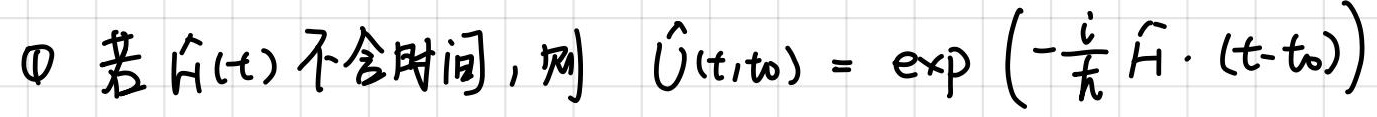
$\textcircled{1} \text{ 若 } \hat{H}(t) \text{ 不含时间，则 } \hat{U}(t,t_0)=\exp\left(-\frac{i}{\hbar}\hat{H}\cdot(t - t_0)\right)$